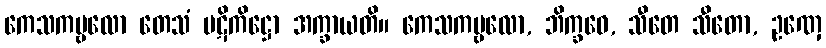
ကေသကမ္ဗလော တေသံ ပဋိကိဋ္ဌော အက္ခာယတိ။ ကေသကမ္ဗလော, ဘိက္ခဝေ, သီတေ သီတော, ဥဏှေ